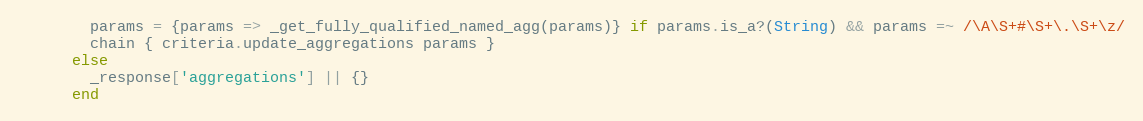
Language: Ruby
        params = {params => _get_fully_qualified_named_agg(params)} if params.is_a?(String) && params =~ /\A\S+#\S+\.\S+\z/
        chain { criteria.update_aggregations params }
      else
        _response['aggregations'] || {}
      end